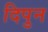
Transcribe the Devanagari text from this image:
दिपुन